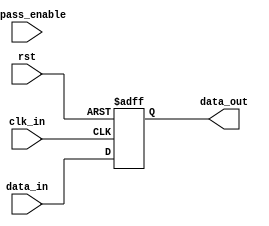
module cascade_bypass_register (
    input wire clk_in,           // Input clock signal
    input wire rst,              // Reset signal
    input wire bypass_enable,    // Bypass enable signal
    input wire [7:0] data_in,    // Input data signal
    output reg [7:0] data_out    // Output data signal
);

reg [7:0] register_data;

always @(posedge clk_in or posedge rst) begin
    if (rst) begin
        register_data <= 8'b0;
    end else begin
        if (bypass_enable) begin
            register_data <= data_in;
        end else begin
            register_data <= data_in;
        end
    end
end

assign data_out = register_data;

endmodule